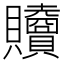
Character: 𧹎